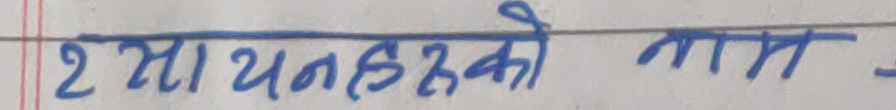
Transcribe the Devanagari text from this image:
२ साधनहरूको नाम